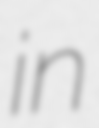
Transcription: in